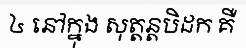
៤ នៅក្នុង សុត្តន្តបិដក គឺ